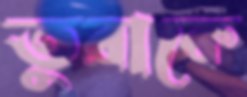
তুরাকে